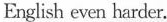
English even harder.